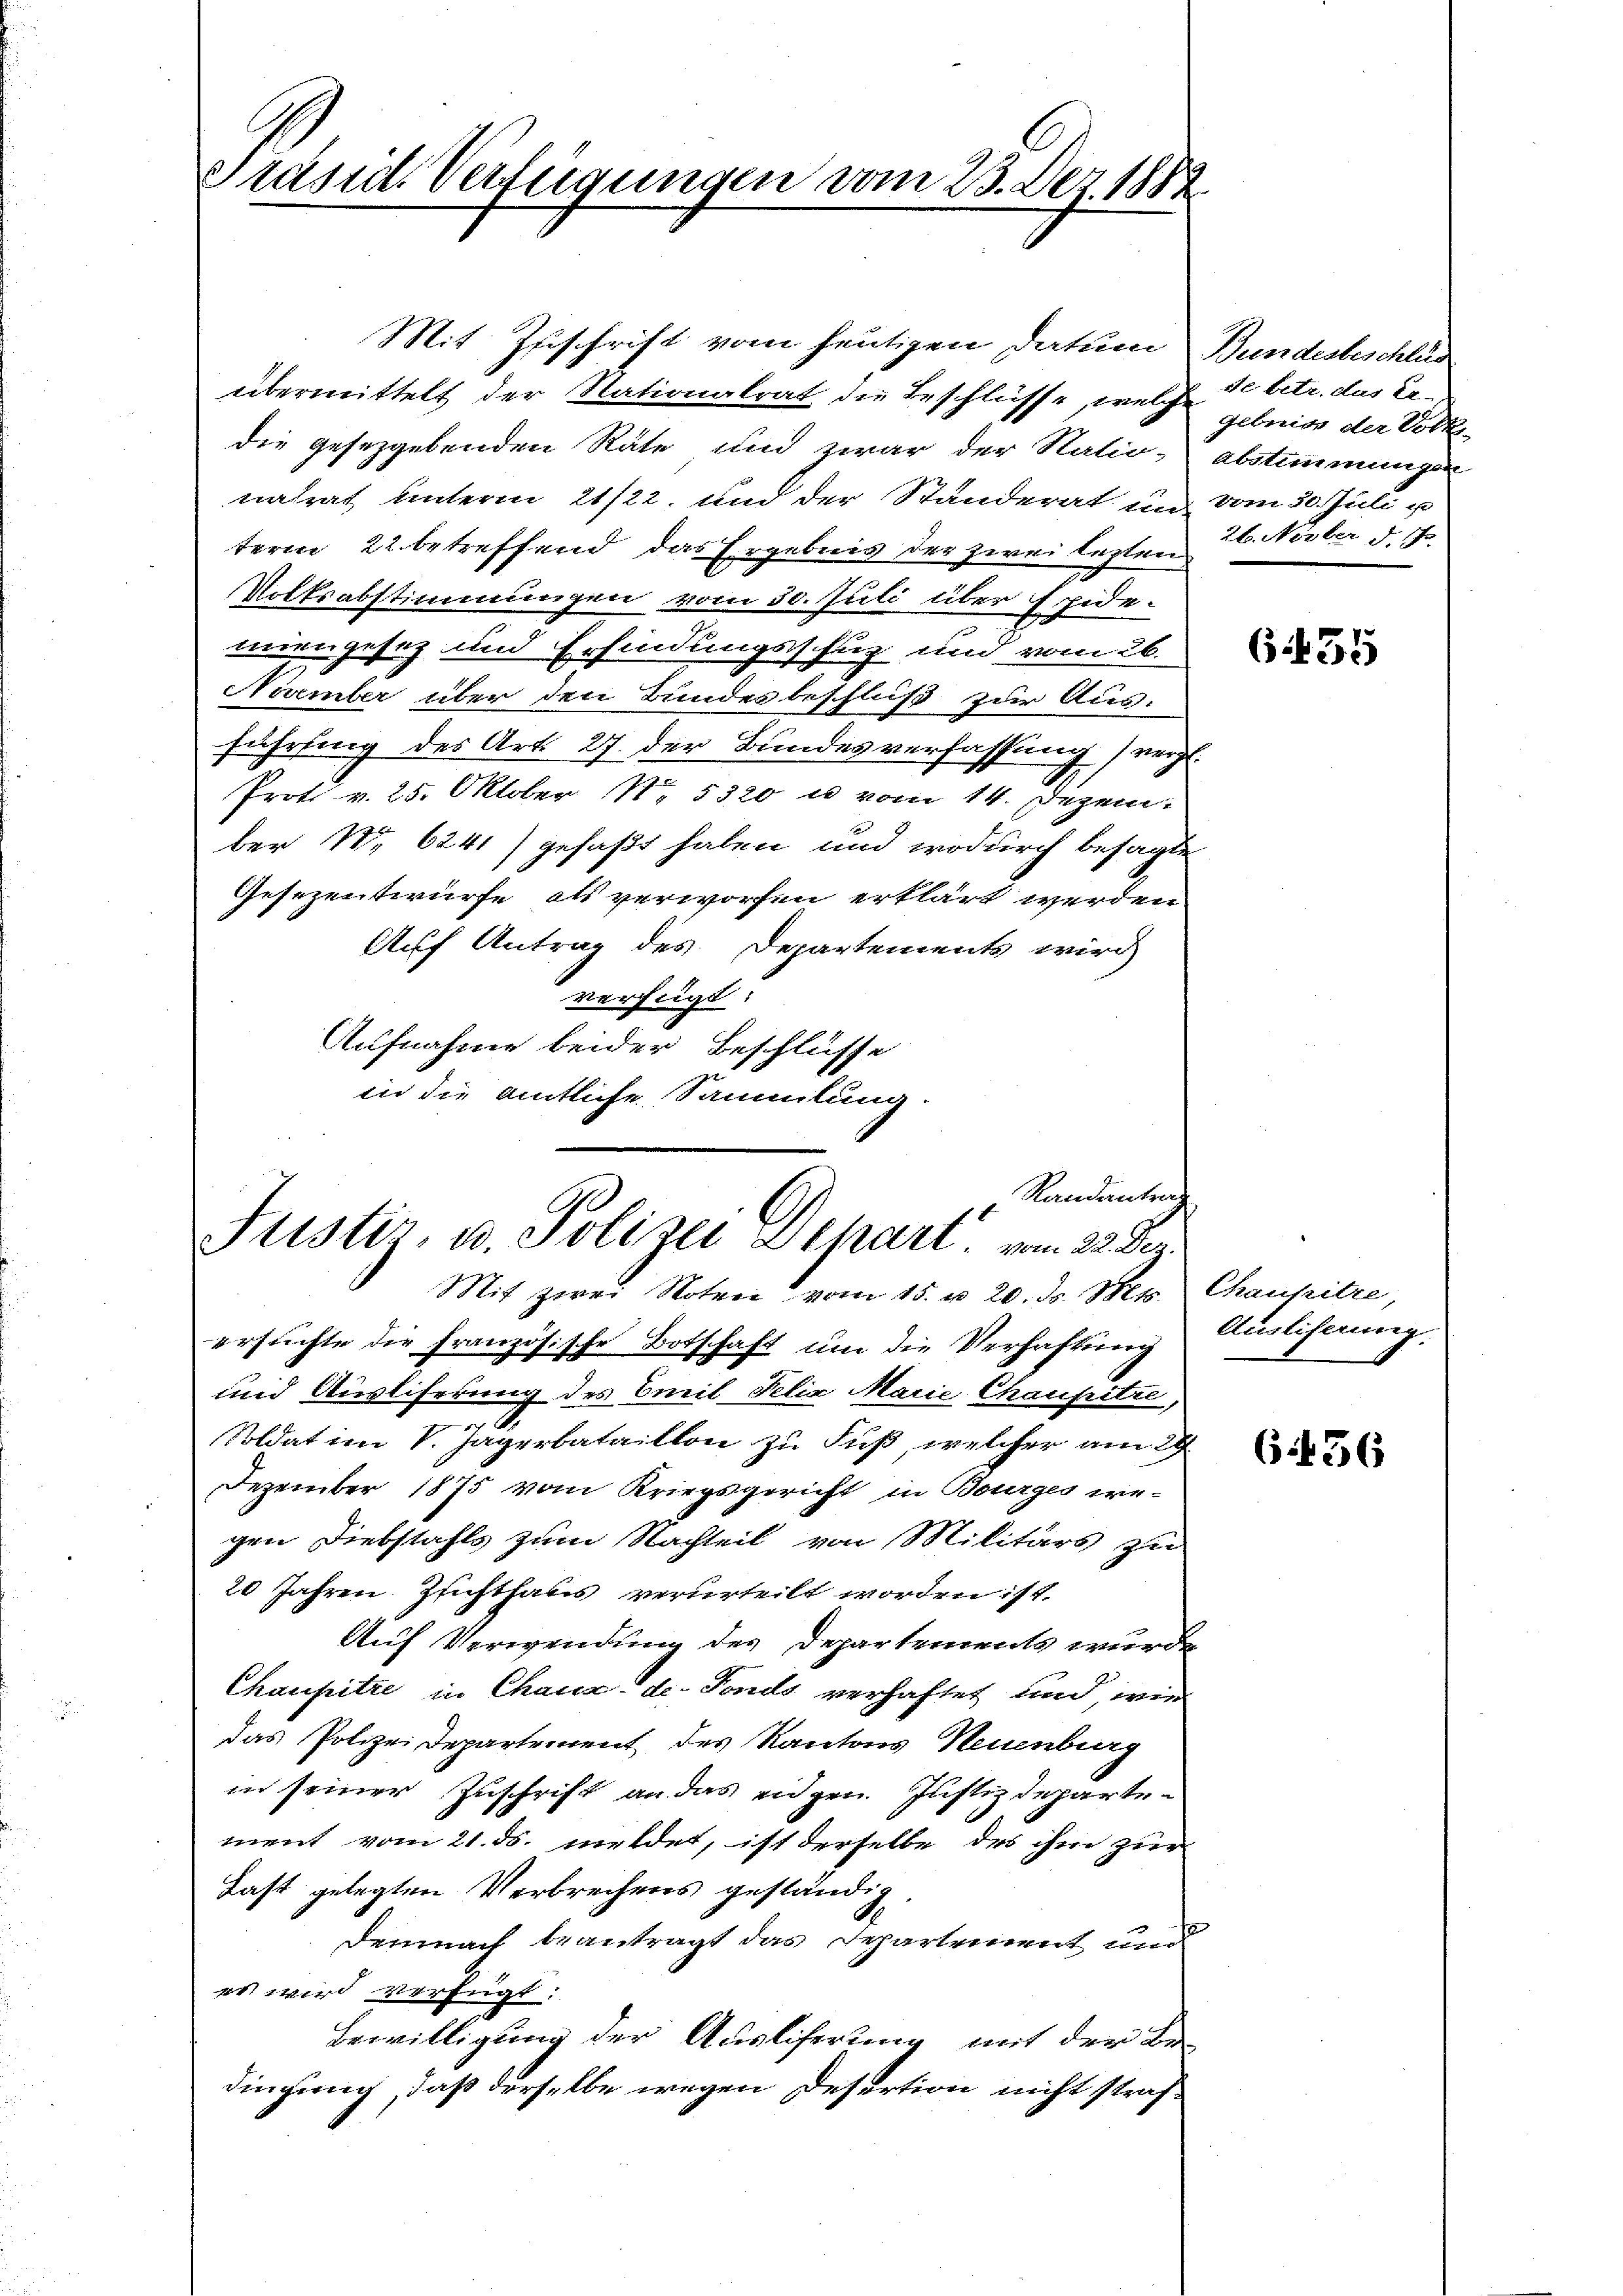
Prasid Verfügungen vom 23. Dez. 1882

Mit Zuschrift vom heutigen Datum
übermittelt der Nationalrat die Beschlüsse, welche
die gesezgebenden Räte und zwar der Statio-
natrat unterm 21/22. und der Standerat in
term 22 betreffend das Ergebnis der zwei lezten
Volksabstimmungen vom 30. Juli über Epide-
mien gesez und Erfindungsschug und vom 26.
November über den Bundesbeschluß zur Aus-
führung der Art. 27. der Bundesverfassung recht
Prot. v. 25. Oktober N. 5320 u vom 14. Dezem
ber No 6241) gefaßt haben, und wodurch besagte
Gesezentwürfe, als verworfen erklärt werden
Auf Antrag des Departements wird
verfügt:
Aufnahme beider Beschlüsse
in die amtliche Sammlung.

Randantrad
Justiz, u. Polizei Schart vom 22 S.
Mit zwei Roten vom 15. v. 20. ds. St.

ersuchte die französische Botschaft um die Verhaftung
und Ausliferung des Emil Felix Marie Chaupitze,
Soldat im V. Jagerbatailton zu Fuß, welcher am
Dezember 1875 vom Kriegsgericht in Bourges wegen Diebstahls zum Nachteil von Militärs zu
20 Jahren Zuchthaus verurteilt worden ist.
Auf Verwendung des Departements wurde
Chansitze in Chaux-de-Fonds verhaftet und, wie
das Polizeidepartement des Kantons Neuenburg
in seiner Zuschrift an das eidgen. Justizdepartement vom 21. ds. meldet, ist derselbe des ihm zur
Last gelegten Verbrechens geständig
Demnach beantragt das Departement und
er wird verfügt:
Bewilligung der Auslieferung mit der Be-
dingung, daß derselbe wegen Desertion nicht straf¬

Bundesbeschlus
se betr. das Er-
gebniss der Volk
Abstimmungen
vom 20. Jul.
2t. Nörber d. J.

6455

Chaufitze
Auslieferung

6456